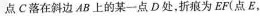
点C落在斜边AB上的某一点D处，折痕为EF(点E，